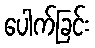
ပေါက်ခြင်း